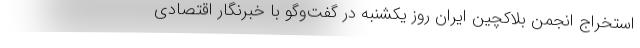
استخراج انجمن بلاکچین ایران روز یکشنبه در گفت‌وگو با خبرنگار اقتصادی